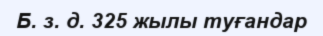
Б. з. д. 325 жылы туғандар